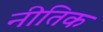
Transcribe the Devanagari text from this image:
नीतिक